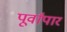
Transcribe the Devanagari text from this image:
पूर्वांपार